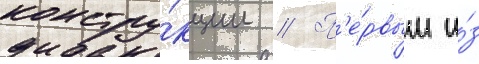
констру́кции // П'е́рвым и́з